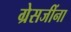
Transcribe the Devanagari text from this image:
ग्रेसजींना